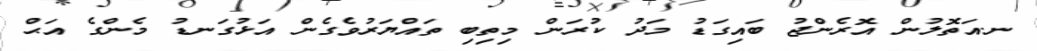
ނ.އަތޮލުން އޮރެންޖު ބައިގަޑު މަދު ކުރަން މިތިބި ތައްޔަރުވެގެން އަޅުގަނޑު މެންގެ އަޙް